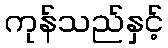
ကုန်သည်နှင့်